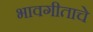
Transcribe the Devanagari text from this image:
भावगीताचे